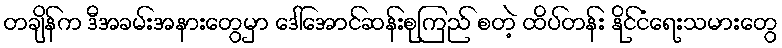
တချိန်က ဒီအခမ်းအနားတွေမှာ ဒေါ်အောင်ဆန်းစုကြည် စတဲ့ ထိပ်တန်း နိုင်ငံရေးသမားတွေ